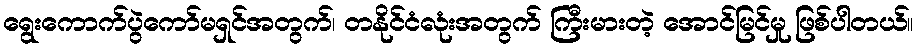
ရွေးကောက်ပွဲကော်မရှင်အတွက်၊ တနိုင်ငံလုံးအတွက် ကြီးမားတဲ့ အောင်မြင်မှု ဖြစ်ပါတယ်။